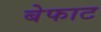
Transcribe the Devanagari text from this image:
बेफाट